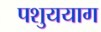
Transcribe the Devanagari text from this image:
पशुययाग